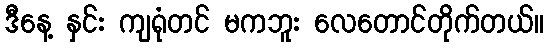
ဒီနေ့ နှင်း ကျရုံတင် မကဘူး လေတောင်တိုက်တယ်။